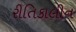
રીતિકાલીન